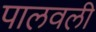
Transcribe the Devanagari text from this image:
पालवली